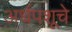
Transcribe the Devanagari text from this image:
अर्धपशूचे